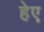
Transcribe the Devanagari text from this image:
हेए